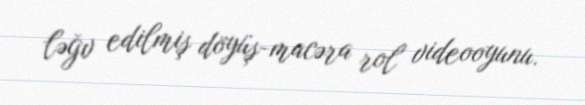
ləğv edilmiş döyüş-macəra rol videooyunu.